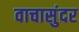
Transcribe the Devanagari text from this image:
वाचासुंदर